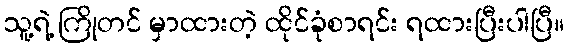
သူ့ရဲ့ ကြိုတင် မှာထားတဲ့ ထိုင်ခုံစာရင်း ရထားပြီးပါပြီ။